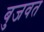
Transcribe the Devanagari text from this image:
बुजवत